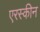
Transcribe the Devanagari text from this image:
एरस्कीन